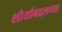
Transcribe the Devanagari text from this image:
शौर्याबद्दलच्या